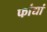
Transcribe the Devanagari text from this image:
फांद्यां